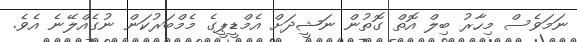
ނަމަވެސް މިހާރު ބިލް އޮތް ގޮތުން ނަޝީދަށް އެމްޑީޕީގެ މެމްބަރުކަން ނުގެއްލޭނެ އެވެ.